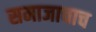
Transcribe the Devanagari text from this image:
समाजाचाच